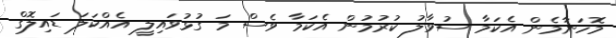
މޮހަނާމެން އެކަމާ ސުވާލު ކުރުމުން އެކަމާ ވެސް މަ ގުޅުވައިލީ އެއްކަލަ ޑައިލޮގް